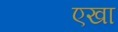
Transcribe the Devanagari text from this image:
एखा